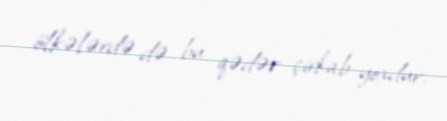
ölkələrdə də bu qədər çirkab yoxdur.